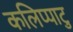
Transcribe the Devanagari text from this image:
कलिप्पाटु